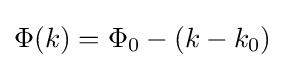
\Phi (k)=\Phi _{0}-(k-k_{0})